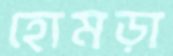
হোমড়া